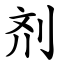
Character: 剂